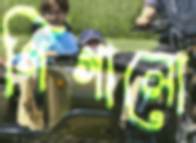
গিগালো